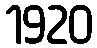
1920